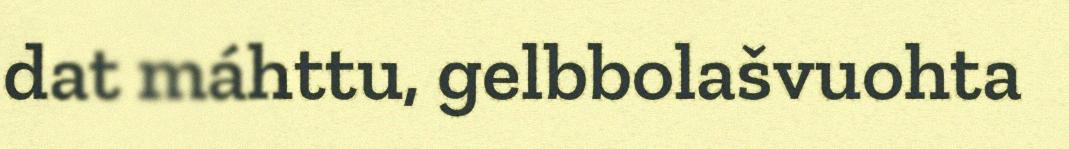
dat máhttu, gelbbolašvuohta